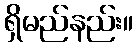
ရှိမည်နည်း။